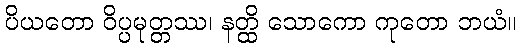
ပိယတော ဝိပ္ပမုတ္တဿ၊ နတ္ထိ သောကော ကုတော ဘယံ။